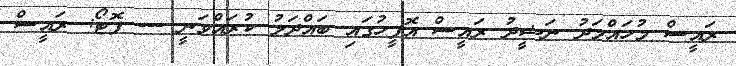
ރައީސް މުހައްމަދު ނަޝީދު ރައީސް އޮފީހުގައި ބައްދަލު ކުރައްވަނީ --- ފޮޓޯ: ރައީސް